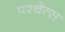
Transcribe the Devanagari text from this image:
पश्चेत्स